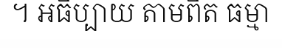
។ អធិប្បាយ តាមពិត ធម្មា